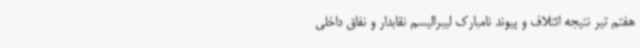
هفتم تیر نتیجه ائتلاف و پیوند نامبارک لیبرالیسم نقابدار و نفاق داخلی